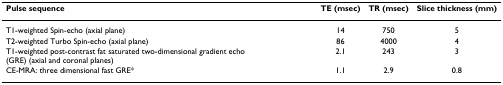
<table><thead><tr><td><b>Pulse sequence</b></td><td><b>TE (msec)</b></td><td><b>TR (msec)</b></td><td><b>Slice thickness (mm)</b></td></tr></thead><tbody><tr><td>T1-weighted Spin-echo (axial plane)</td><td>14</td><td>750</td><td>5</td></tr><tr><td>T2-weighted Turbo Spin-echo (axial plane)</td><td>86</td><td>4000</td><td>4</td></tr><tr><td>T1-weighted post-contrast fat saturated two-dimensional gradient echo (GRE) (axial and coronal planes)</td><td>2.1</td><td>243</td><td>3</td></tr><tr><td>CE-MRA: three dimensional fast GRE*</td><td>1.1</td><td>2.9</td><td>0.8</td></tr></tbody></table>